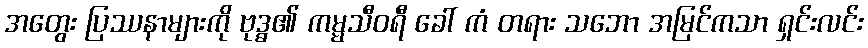
အတွေး ပြဿနာများကို ဗုဒ္ဓ၏ ကမ္မသီဝရီ ခေါ် ကံ တရား သဘော အမြင်ကသာ ရှင်းလင်း